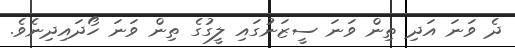
ދެ ވަނަ އަދި ތިން ވަނަ ސީޒަނުގައި ލީގުގެ ތިން ވަނަ ހޯދައިދިނެވެ.